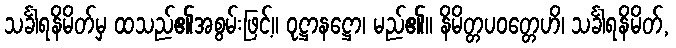
သင်္ခါရနိမိတ်မှ ထသည်၏အစွမ်းဖြင့်။ ဝုဋ္ဌာနဋ္ဌော၊ မည်၏။ နိမိတ္တပဝတ္တေဟိ၊ သင်္ခါရနိမိတ်,